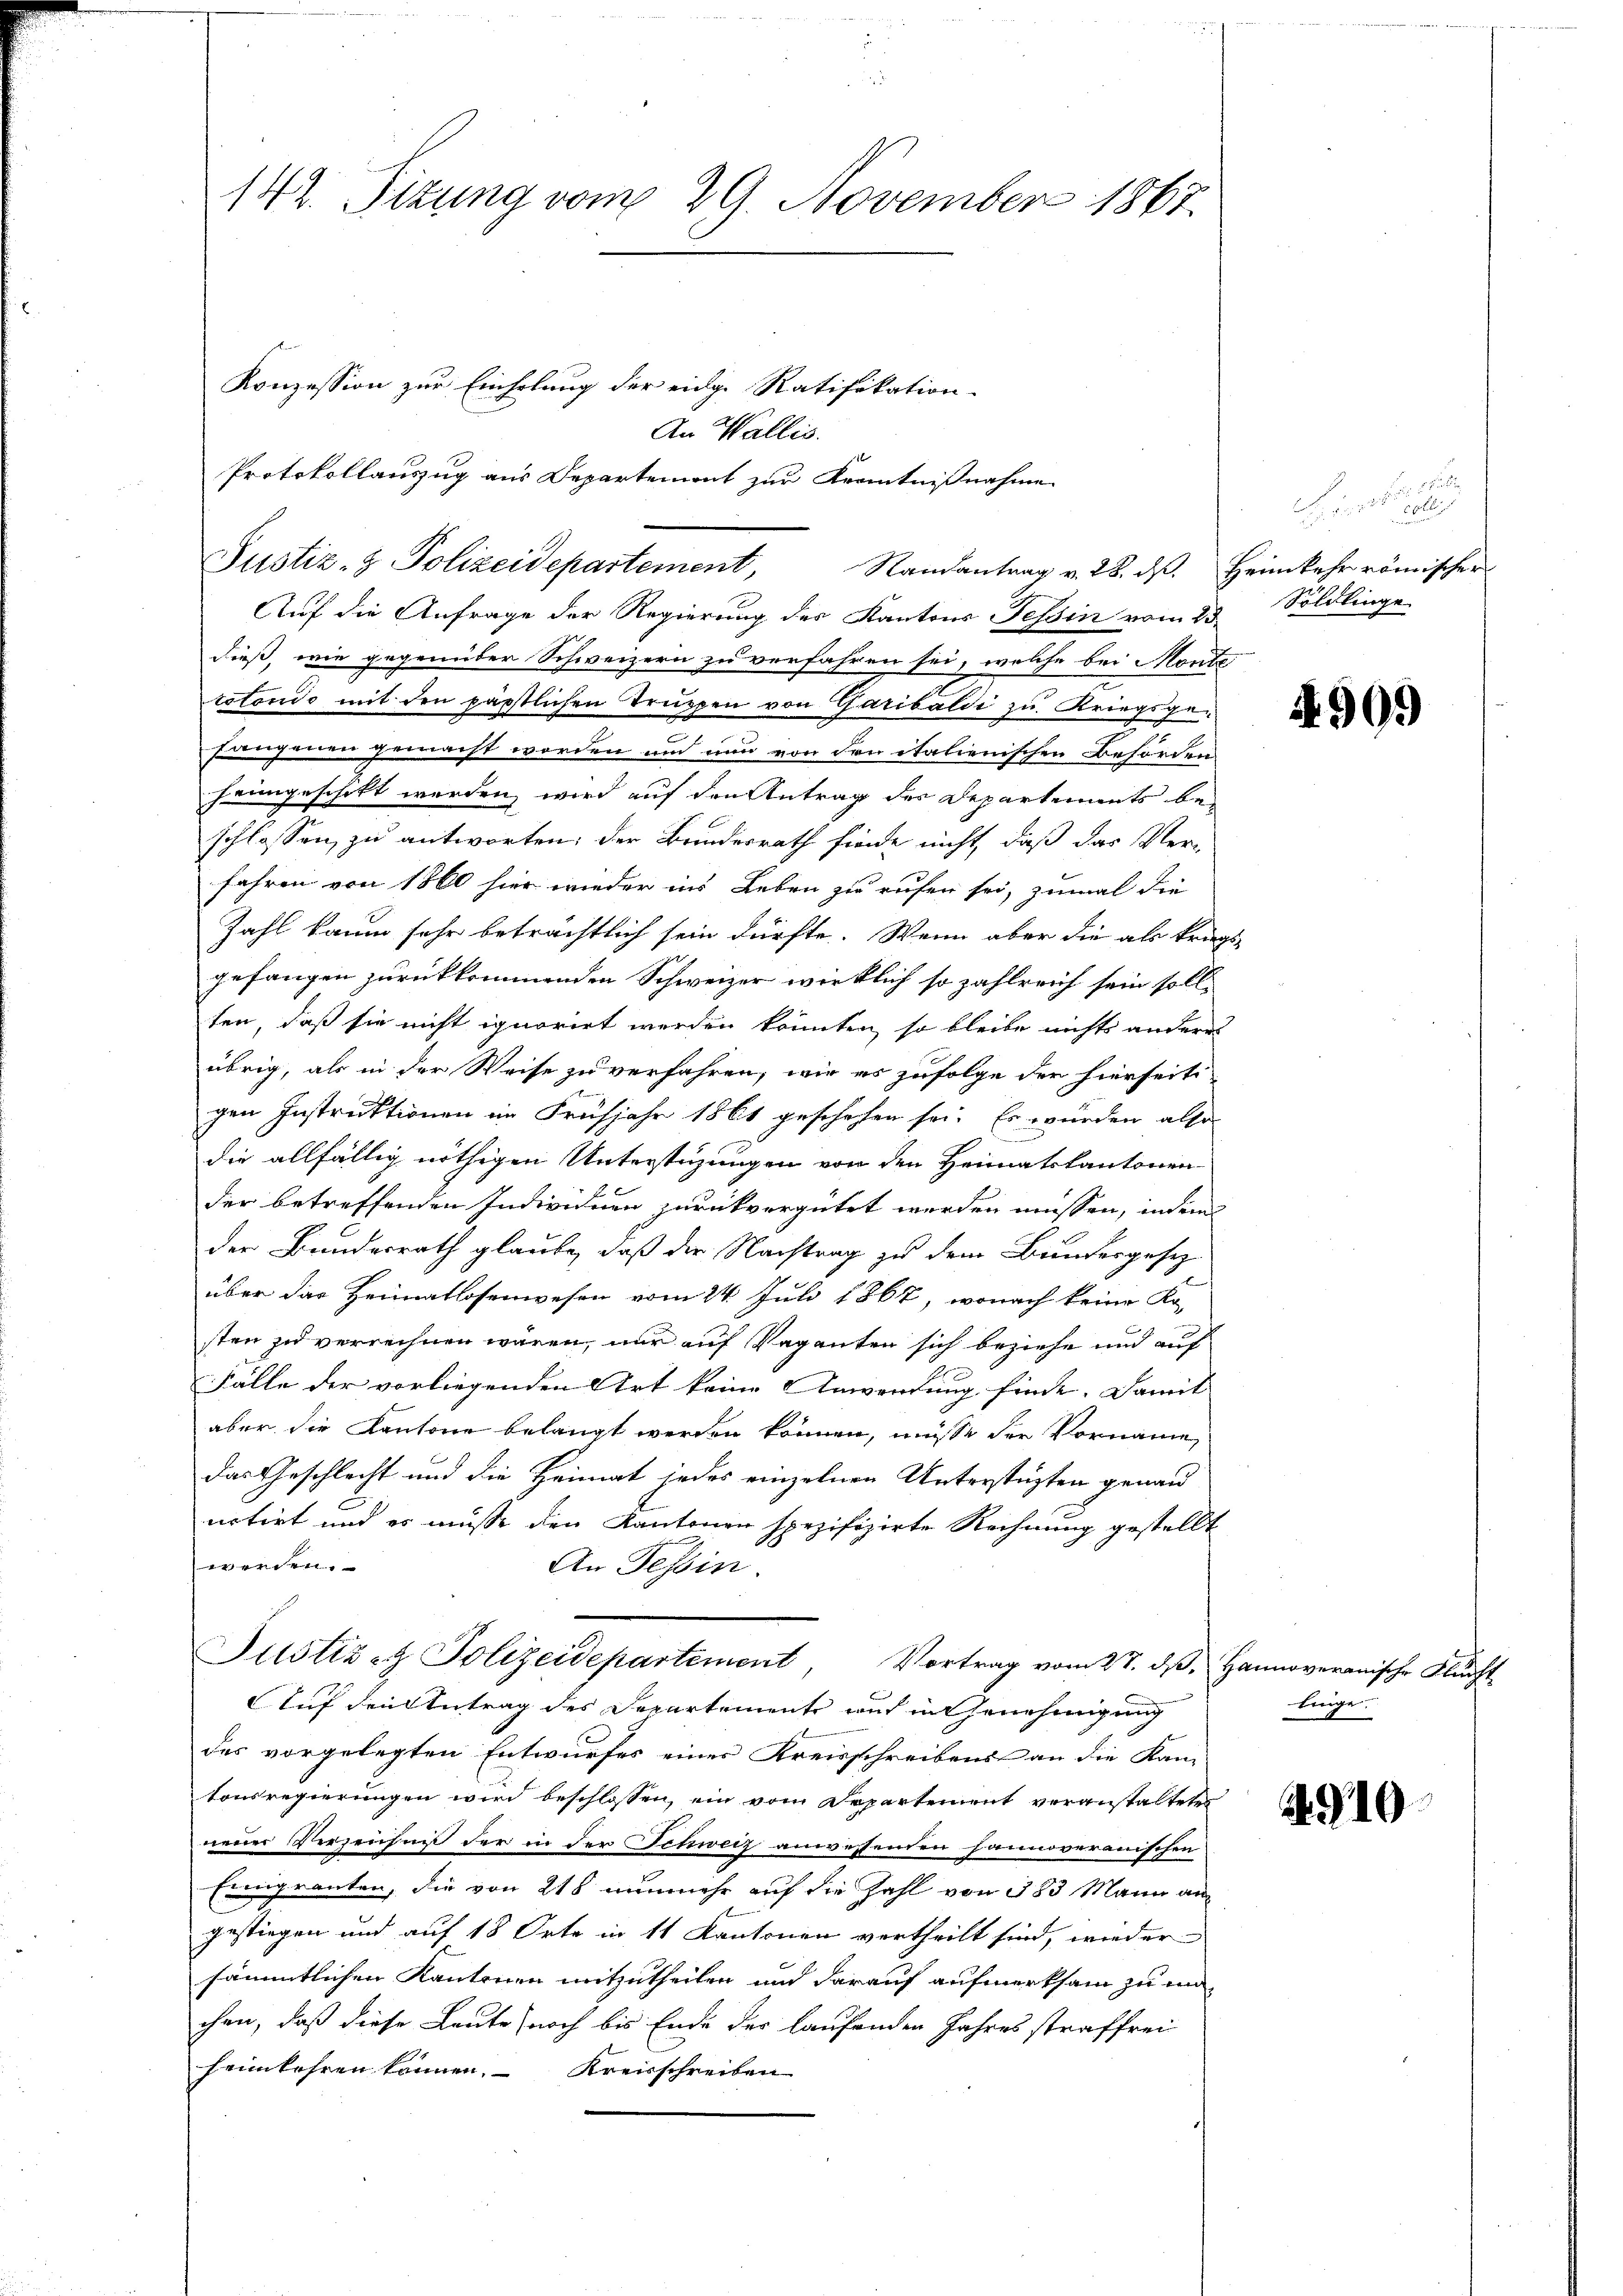
142. Sizung vom 29. November 1867.

Justiz- & Polizeidepartement,
Namantrag v. 28. ds. Heimkehr römischer

Auf die Anfrage der Regierung des Kantons Tessin vom 23. Söldlinge
dieß, wie gegenüber Schweizern zu verfahren sei, welche bei Monte
totondo mit den päpstlichen Truppen von Garibaldi zu Kriegsgefangenen gemacht worden und nun von den italienischen Behörden
heimgeschikt werden, wird auf den Antrag des Departements be-
schlossen zu antworten, der Bundesrath finde nicht, daß das Ver-
fahren von 1860 hier wieder ins Leben zu rufen sei, zumal die
Zahl kaum sehr beträchtlich sein dürfte. Wenn aber die als trags
gefangen zurückkommenden Schweizer wirklich so zahlreich sein soll,
ten, daß sie nicht ignorirt werden könnten, so bleibe nichts anderes
übrig, als in der Weise zu verfahren, wie es zufolge der hierseiti
gen Instruktionen im Frühjahr 1861 geschehen sei. Es würden also
die allfällig nöthigen Unterstüzungen von den Heimatskantonen
der betreffenden Individum zurückvergütet werden müssen, indem
der Bundesrath glaube, daß der Nachtrag zu dem Bundesgesetz
über das Heimatlosenwesen vom 24. Juli 1867, wonach keine Ko-
sten zu verrechnen wären, nur auf Vaganten sich beziehe und auf
e
Fälle der vorliegenden Art keine Anwendung finde. Damit
aber die Kantone belangt werden können, müsse der Vornanne
das Geschlecht und die Heimat jedes einzelnen Unterstüzten genau
notirt und es müsse den Kantonen spezifizirte Rechnung gestellt
werden.
An Tessin.
Justiz- & Polizeidepartement, Vortrag vom 27. dβ. Hannoverarische Flurft
Auf den Antrag des Departemente auch in Genehmigung
des vorgelegten Entwurfes eines Kreisschreibens an die Kam-
tonsregierungen wird beschlossen, ein vom Departement veranstaltete
neuer Verzeichniß der in der Schweiz anwesenden hannoveranischen
Einigranten, die von 218 nunmehr auf die Zahl von 383 Mann an
gestiegen und auf 18 Orte in 11 Kantonen vertheilt sind, wieder
sämmtlichen Kantonen mitzutheilen und darauf aufmerksam zu un
chen, daß diese Leute noch bis Ende der laufenden Jahres straffrei
heimkehren können. Kreisschreiben

Konzession zur Einholung der eidg. Ratifikation
An Wallis.
Protokollauszug aus Departement zur Kenntnißnahme

unser sei

4909

linge.

910